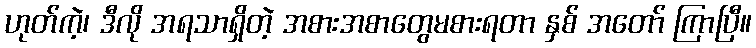
ဟုတ်ကဲ့၊ ဒီလို အရသာရှိတဲ့ အစားအစာတွေမစားရတာ နှစ် အတော် ကြာပြီ။